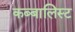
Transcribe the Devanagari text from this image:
कब्बालिस्ट